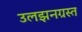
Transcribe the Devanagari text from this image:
उलझनग्रस्त